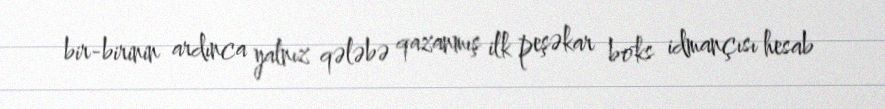
bir-birinin ardınca yalnız qələbə qazanmış ilk peşəkar boks idmançısı hesab